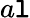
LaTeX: a\mathtt{l}